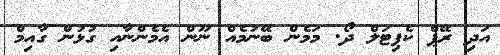
އަދި ރޭޕް ކެޕިޓަލް ދޯ. މަމެން ބޭނުމެއް ނޫން އެމެންނާއި ގުޅުން ގާއިމް